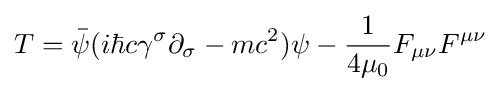
T={\bar {\psi }}(i\hbar c\gamma ^{\sigma }\partial _{\sigma }-mc^{2})\psi -{1 \over 4\mu _{0}}F_{\mu \nu }F^{\mu \nu }